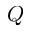
Q